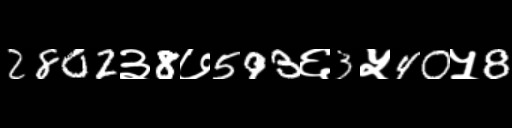
Text: 2802३8७593६3५40५8